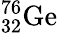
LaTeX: ^{76}_{32}\mathrm{Ge}